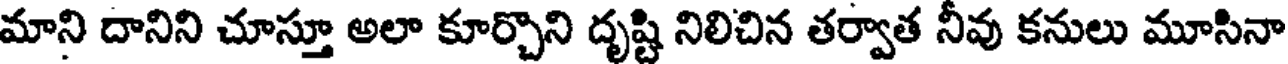
మాని దానిని చూస్తూ అలా కూర్చొని దృష్టి నిలిచిన తర్వాత నీవు కనులు మూసినా